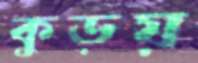
কুড়য়